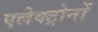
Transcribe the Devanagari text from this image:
एलेक्ट्रोनों